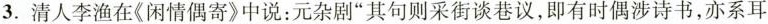
3.清人李渔在《闲情偶寄》中说：元杂剧”其句则采街谈巷议，即有时偶涉诗书，亦系耳